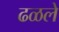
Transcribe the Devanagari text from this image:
ढळले